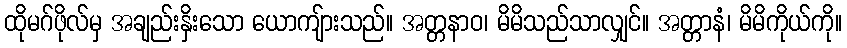
ထိုမဂ်ဖိုလ်မှ အချည်းနှိးသော ယောကျ်ားသည်။ အတ္တနာဝ၊ မိမိသည်သာလျှင်။ အတ္တာနံ၊ မိမိကိုယ်ကို။